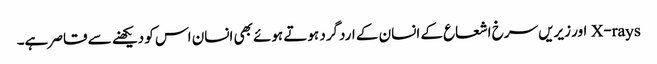
X-rays اور زیریں سرخ اشعاع کے انسان کے اردگرد ہوتے ہوئے بھی انسان اس کو دیکھنے سے قاصر ہے۔